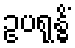
ဥပရုန္ဓိံ